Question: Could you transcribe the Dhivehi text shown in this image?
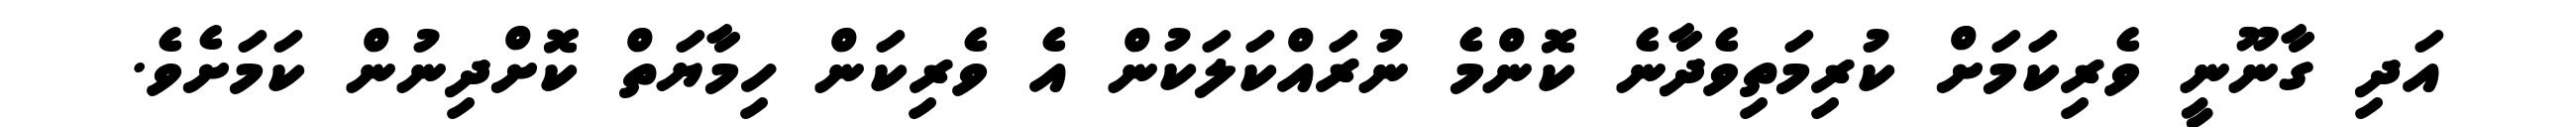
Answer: އަދި ގާނޫނީ ވެރިކަމަށް ކުރިމަތިވެދާނެ ކޮންމެ ނުރައްކަލަކުން އެ ވެރިކަން ހިމާޔަތް ކޮށްދިނުން ކަމަށެވެ.